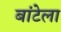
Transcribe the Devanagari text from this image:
बांटेला